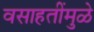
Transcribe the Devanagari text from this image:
वसाहतींमुळे